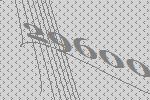
29600